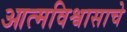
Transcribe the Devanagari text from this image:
आत्मविश्वासाचे